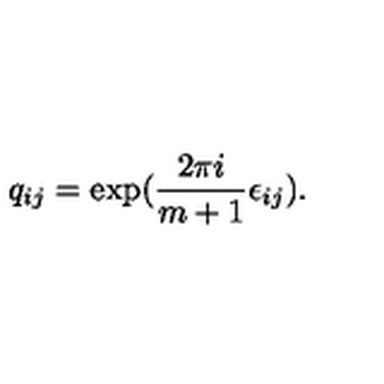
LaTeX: q _ { i j } = \exp ( { \frac { 2 \pi i } { m + 1 } } \epsilon _ { i j } ) .